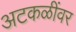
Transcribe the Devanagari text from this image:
अटकळींवर